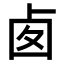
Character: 𠧧